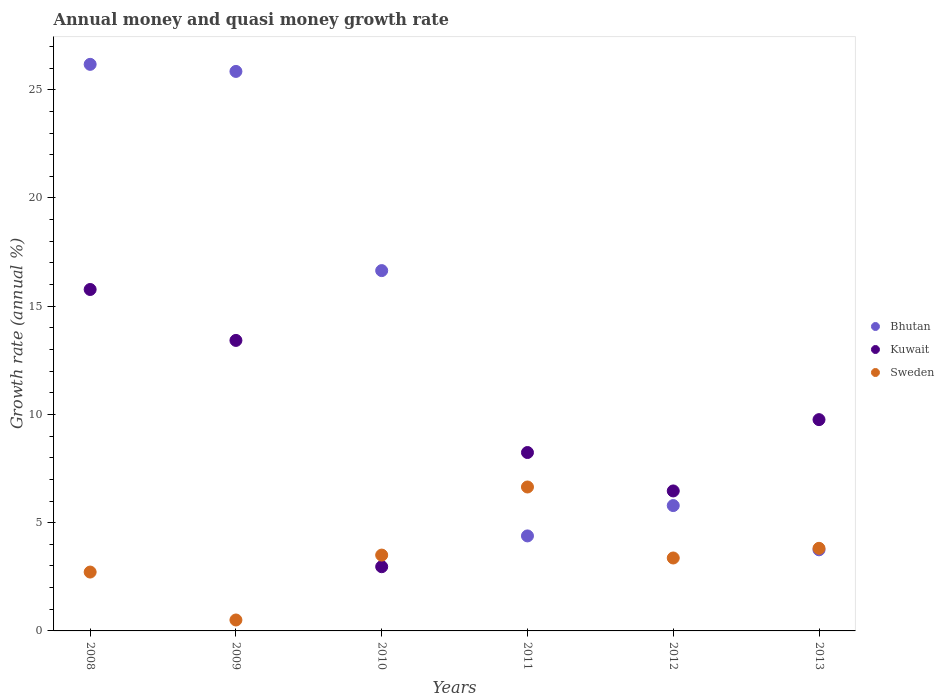
| Years | Bhutan | Kuwait | Sweden |
 | --- | --- | --- | --- |
 | 2008 | 26.2 | 15.8 | 2.72 |
 | 2009 | 25.8 | 13.4 | 0.505 |
 | 2010 | 16.6 | 2.97 | 3.5 |
 | 2011 | 4.39 | 8.24 | 6.65 |
 | 2012 | 5.79 | 6.47 | 3.37 |
 | 2013 | 3.75 | 9.76 | 3.82 |